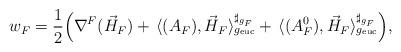
LaTeX: \begin{align*} w_F = \frac{1}{2}\Big{(}\nabla^F(\vec H_F) + \,\langle (A_F), \vec H_{F} \rangle_{g_{\textnormal{euc}}}^{\sharp_{g_F}} + \,\langle (A_F^0), \vec H_{F} \rangle_{g_{\textnormal{euc}}}^{\sharp_{g_F}}\Big{)},\end{align*}